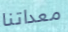
معداتنا